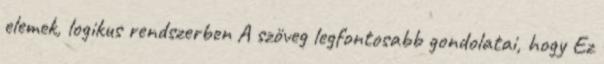
elemek, logikus rendszerben A szöveg legfontosabb gondolatai, hogy Ez